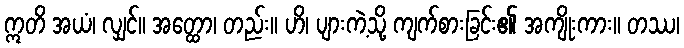
ဣတိ အယံ၊ လျှင်။ အတ္ထော၊ တည်း။ ဟိ၊ ပျားကဲ့သို့ ကျက်စားခြင်း၏ အကျိုးကား။ တဿ၊